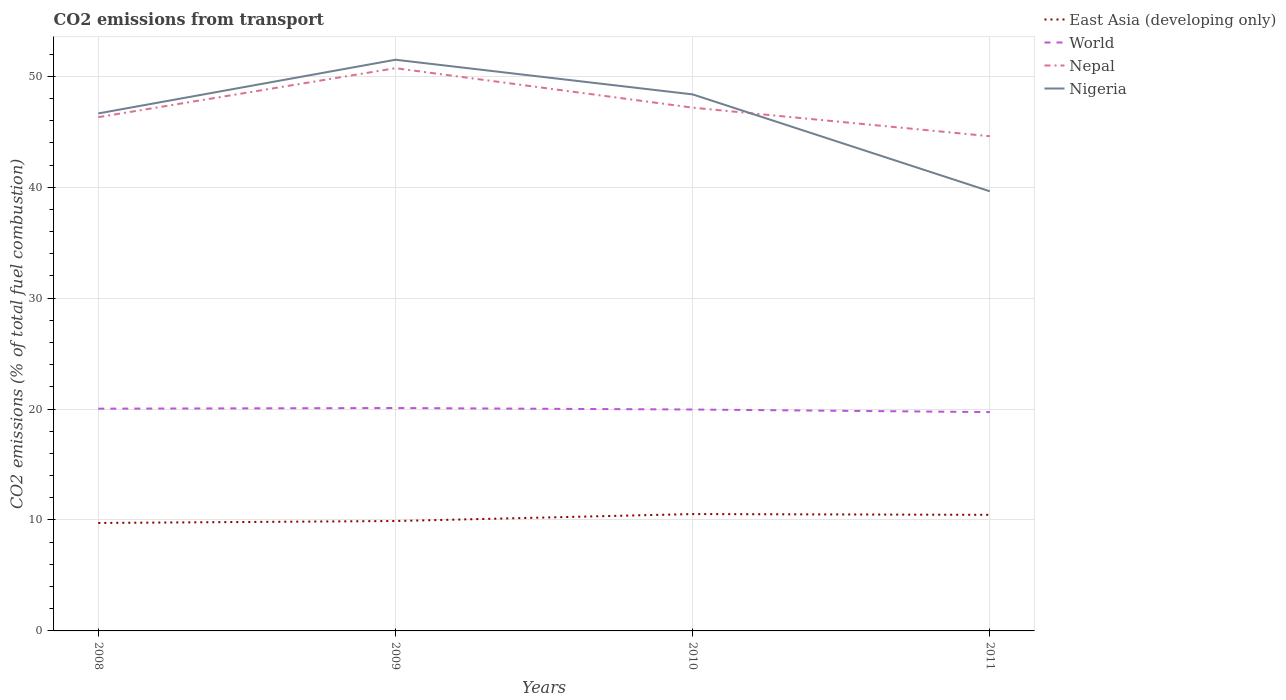
| Years | East Asia (developing only) | World | Nepal | Nigeria |
 | --- | --- | --- | --- | --- |
 | 2008 | 9.73 | 20 | 46.3 | 46.7 |
 | 2009 | 9.91 | 20.1 | 50.7 | 51.5 |
 | 2010 | 10.5 | 20 | 47.2 | 48.4 |
 | 2011 | 10.5 | 19.7 | 44.6 | 39.6 |